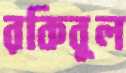
রকিবুল